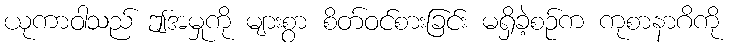
ယုကာဝါသည် ဤအမှုကို များစွာ စိတ်ဝင်စားခြင်း မရှိခဲ့စဉ်က ကုစာနာဂိကို